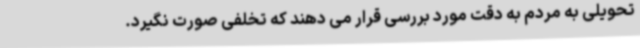
تحویلی به مردم به دقت مورد بررسی قرار می دهند که تخلفی صورت نگیرد.